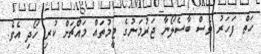
ހަތް ފަހަރު ވެސް ބާސެލޯނާ ޖަރުމަނުގެ ޓީމުތައް މައްޗަށް ކުރި ހޯދި އެވެ.